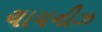
ચાયનીઝ